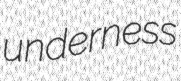
underness